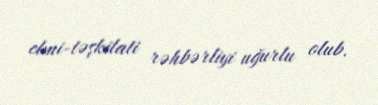
elmi-təşkilati rəhbərliyi uğurlu olub.